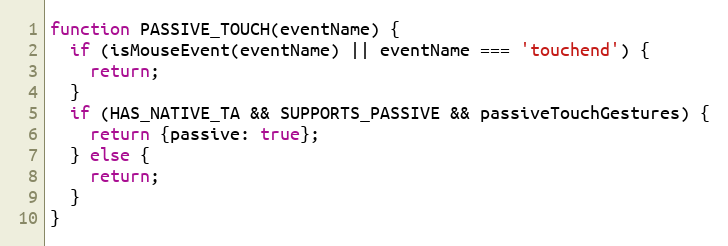
Language: JavaScript
function PASSIVE_TOUCH(eventName) {
  if (isMouseEvent(eventName) || eventName === 'touchend') {
    return;
  }
  if (HAS_NATIVE_TA && SUPPORTS_PASSIVE && passiveTouchGestures) {
    return {passive: true};
  } else {
    return;
  }
}